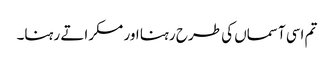
تم اسی آسماں کی طرح رہنا اور مسکراتے رہنا۔